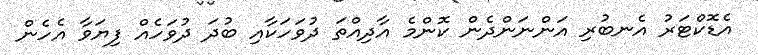
އެޑޮކްޓަރު އެނބުރި އަންނަންދެން ކޮންމެ އާދިއްތަ ދުވަހަކާއި ބުދަ ދުވަހެއް ފިޔަވާ އެހެން